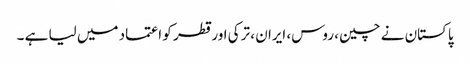
پاکستان نے چین ، روس، ایران ، ترکی اور قطر کو اعتماد میں لیا ہے ۔